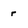
Character: r